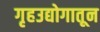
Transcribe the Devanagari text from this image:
गृहउद्योगातून